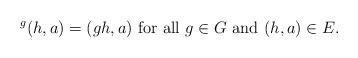
LaTeX: \begin{align*}{}^g(h,a)=(gh,a)\mbox{ for all }g\in G\mbox{ and }(h,a)\in E.\end{align*}